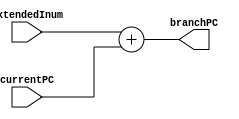
module branchAdder(
    input [31:0] extendedInum,
    input [31:0] currentPC,
    output reg [31:0] branchPC
);
    always @(*) begin
        branchPC = extendedInum + currentPC;
    end

endmodule